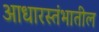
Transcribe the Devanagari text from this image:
आधारस्तंभातील